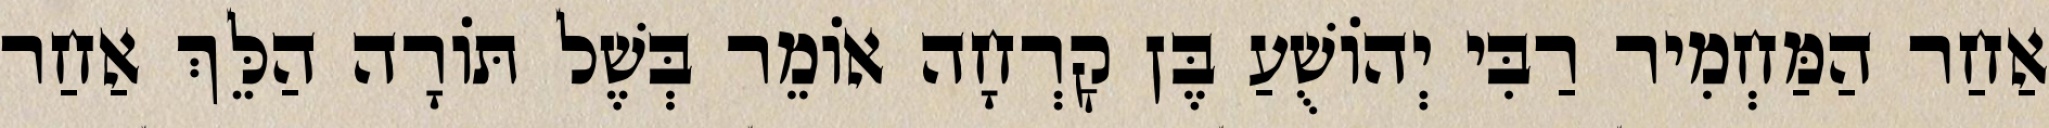
אַחַר הַמַּחְמִיר רַבִּי יְהוֹשֻׁעַ בֶּן קׇרְחָה אוֹמֵר בְּשֶׁל תּוֹרָה הַלֵּךְ אַחַר